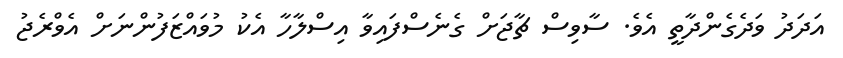
އަދަދު ވަދެގެންދާތީ އެވެ. ސާވިސް ޗާޖަށް ގެނެސްފައިވާ އިސްލާހާ އެކު މުވައްޒަފުންނަށް އެވްރެޖު